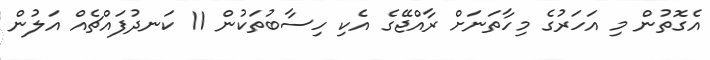
އެގޮތުން މި އަހަރުގެ މިހާތަނަށް ރާއްޖޭގެ އެކި ހިސާބުތަކުން 11 ކަނދުފައްޗެއް އަލުން